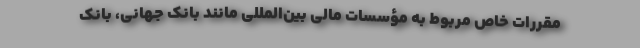
مقررات خاص مربوط به مؤسسات مالی بین‌المللی مانند بانک جهانی، بانک